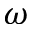
\omega